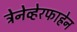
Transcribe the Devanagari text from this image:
ट्रेनेव्हेरफाह्रेन